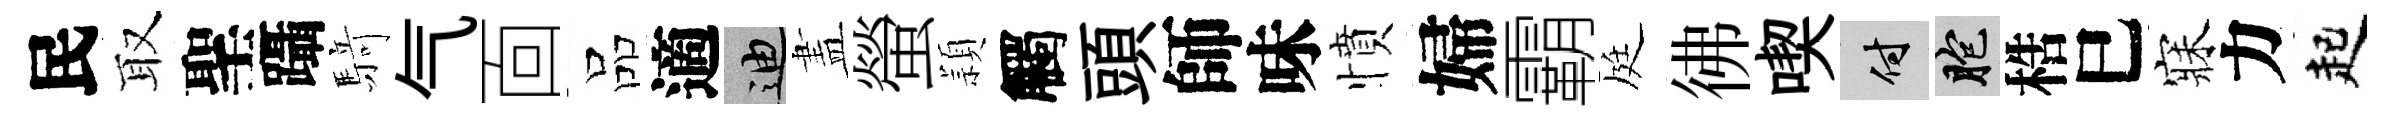
民取聖躡𮪍气靣品適迪𥁞螢頴觸頭師味憤婦霸庭彿喫付胞梏巳寐力起